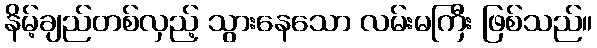
နိမ့်ချည်တစ်လှည့် သွားနေသော လမ်းမကြီး ဖြစ်သည်။